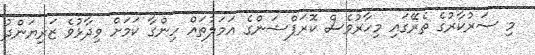
މި ސަރުކާރުގެ ތެރޭގައި މިހާރުވެސް ކޮރަޕްޝަންގެ އަމަލުތައް ހިންގާ ކަމަށް ވިދާޅުވެ ޒަރިޔަންދު